Leningradi_Edasi_toimetus, lk 83
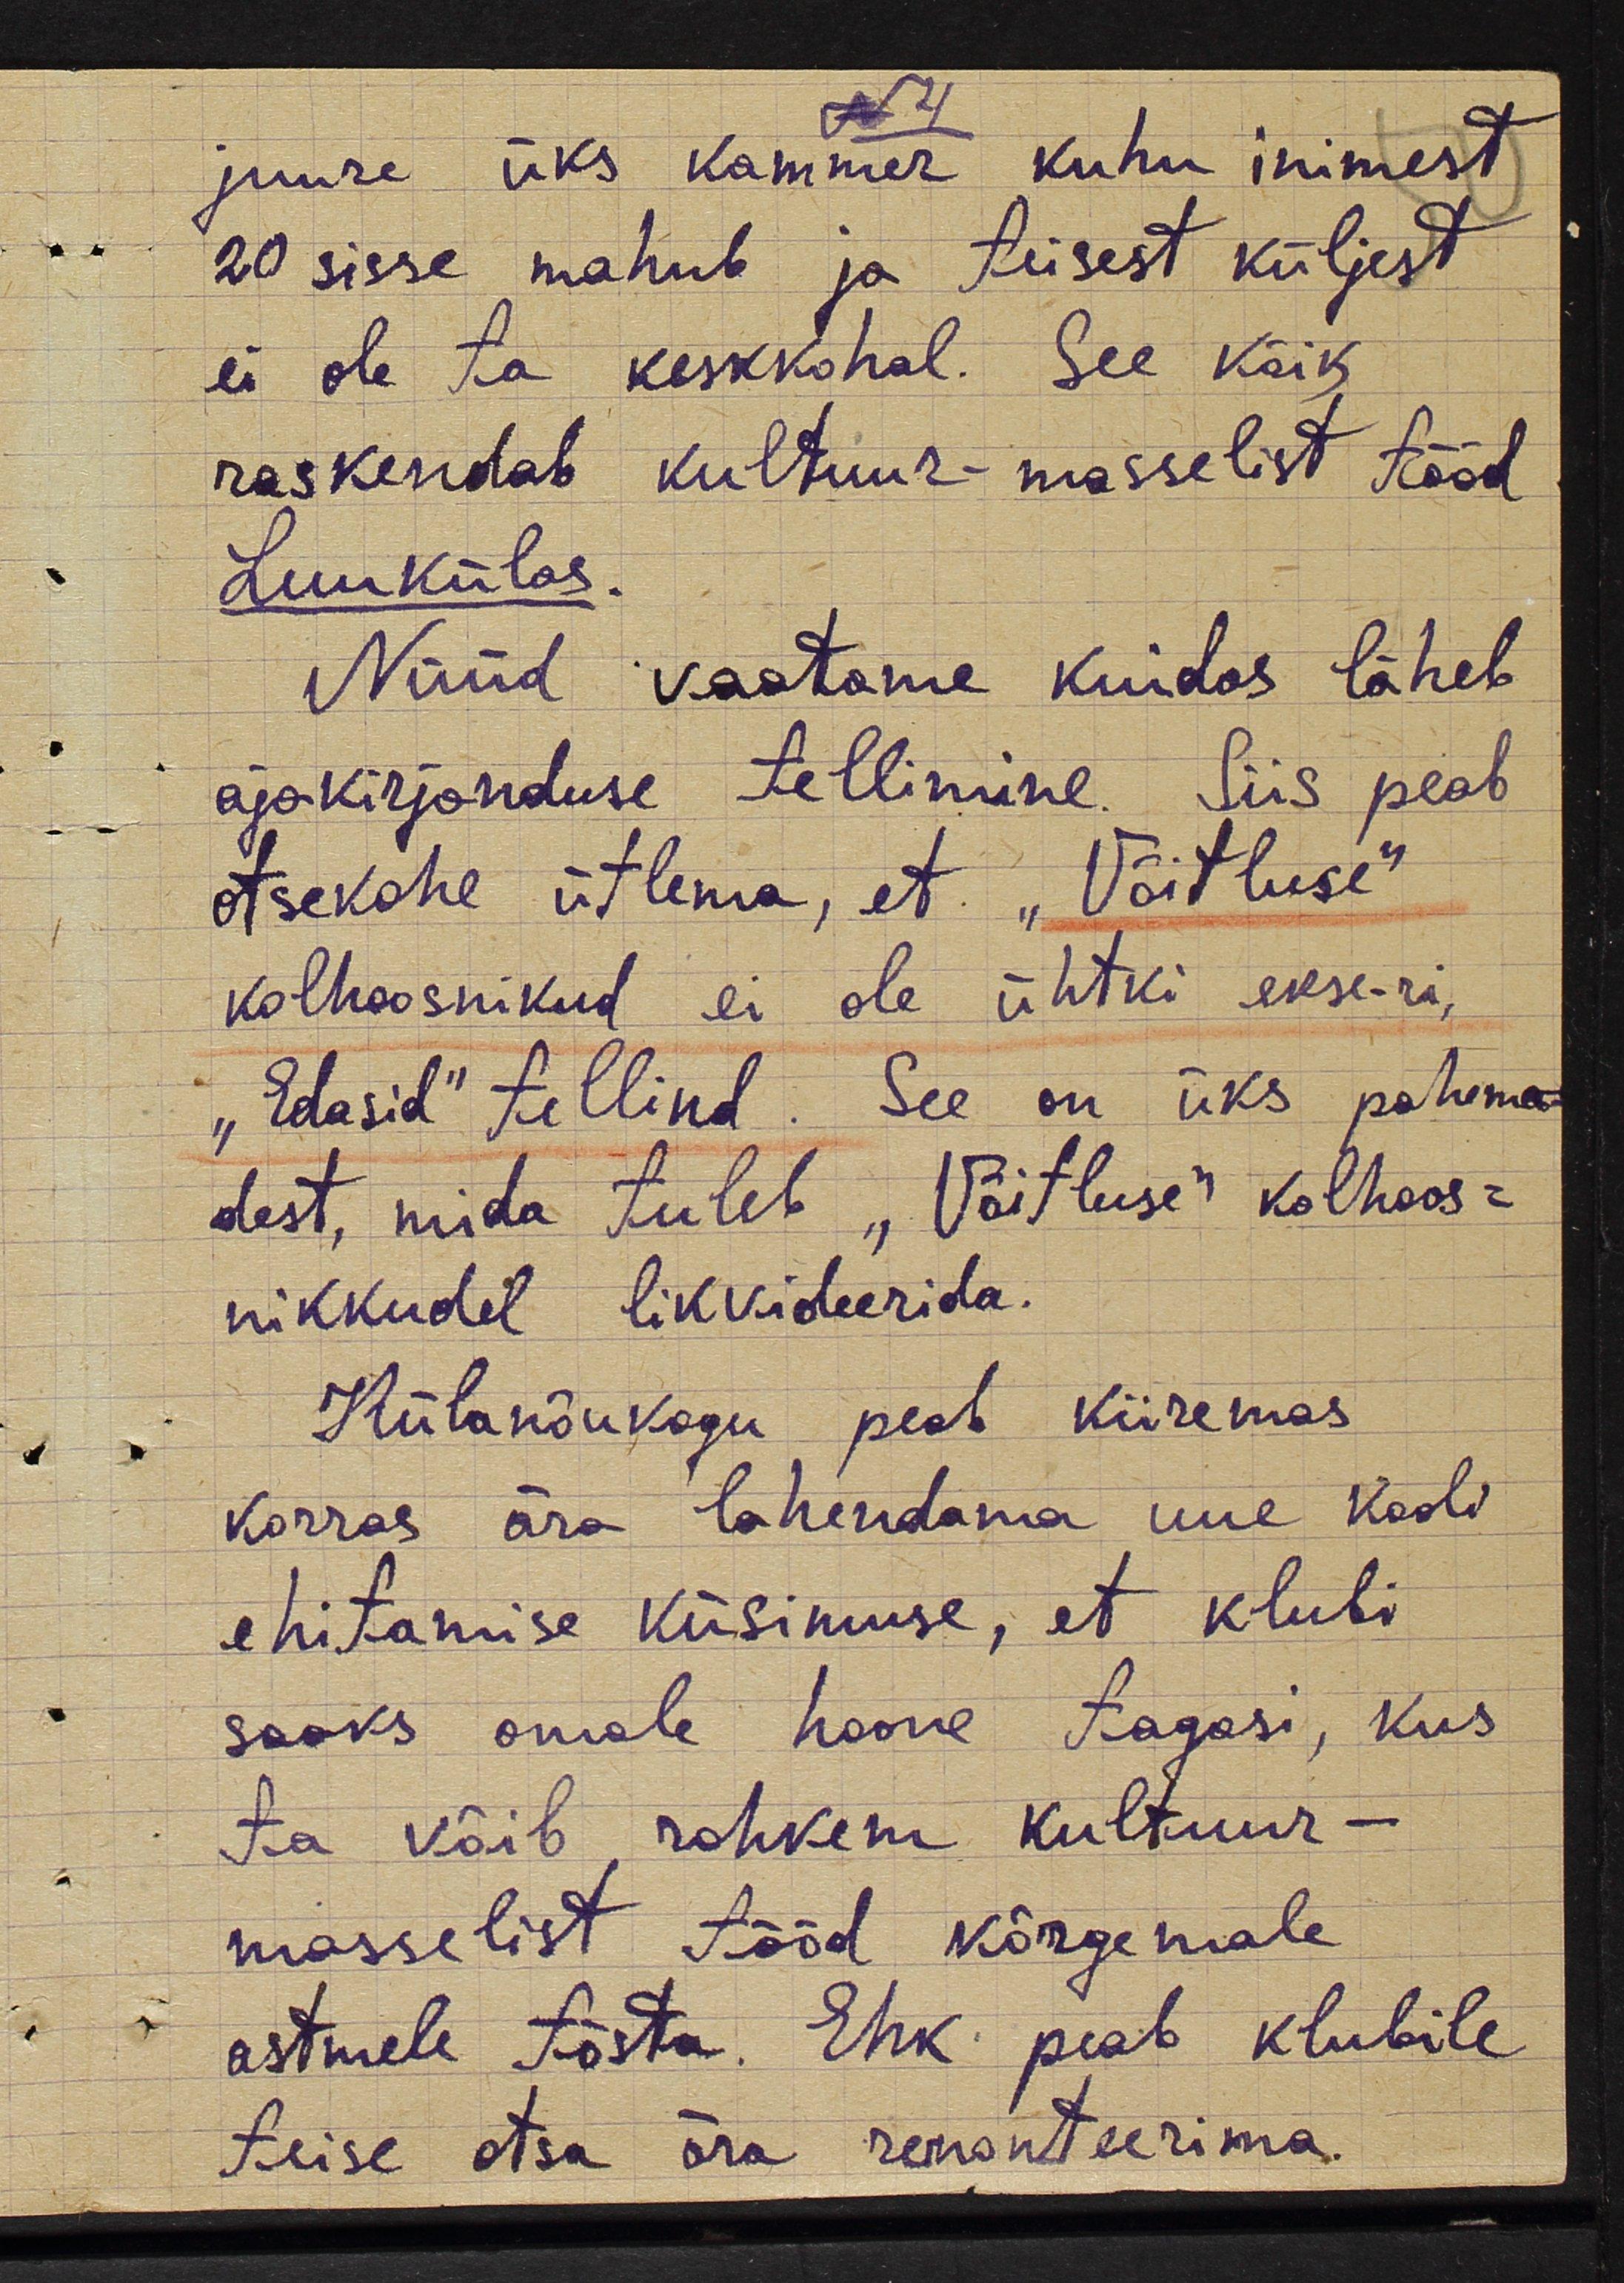
juure üks kammer kuhu inimest
20 sisse mahub ja teisest küljest
ei ole ta keskkohal. See kõik
raskendab kultuur-masselist tööd
Luukülas.
Nüüd vaatame kuidas läheb
ajakirjanduse tellimine. Siis peab
otsekohe ütlema, et "Võitluse"
kolhoosnikud ei ole ühtki ekse-ri,
"Edasid" tellind. See on üks pahema-
dest, mida tuleb "Võitluse" kolhoos-
nikkudel likvideerida.
Külanõukogu peab kiiremas
korras ära lahendama uue kooli
ehitamise küsimuse, et klubi
saaks omale hoone tagasi, kus
ta võib rohkem kultuur -
masselist tööd kõrgemale
astmele tõsta. Ehk peab klubile
teise otsa ära remonteerima.